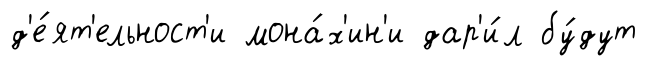
д'е́ят'ельност'и мона́х'ин'и дар'и́л бу́дут